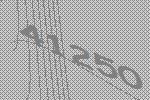
41250